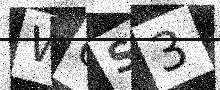
Text: WOS3